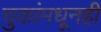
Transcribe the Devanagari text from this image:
चुकांमधूनही